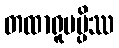
တထာရူပမ္ပိဿ